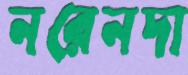
নরেনদা